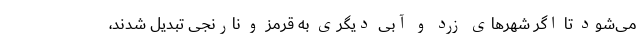
می‌شود تا اگر شهرهای زرد و آبی دیگری به قرمز و نارنجی تبدیل شدند،